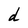
Character: d